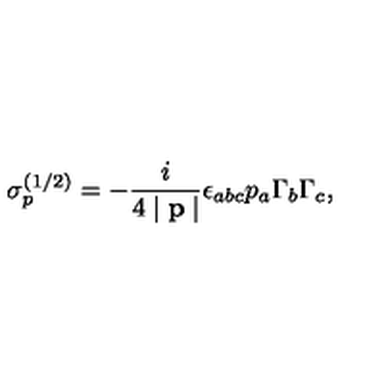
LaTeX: \sigma _ { p } ^ { ( 1 / 2 ) } = - \frac i { 4 \mid \mathbf { p } \mid } \epsilon _ { a b c } p _ { a } \Gamma _ { b } \Gamma _ { c } ,